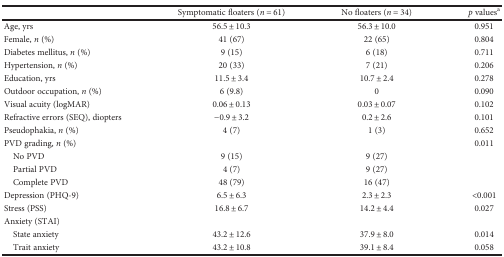
<table><thead><tr><td></td><td><b>Symptomatic floaters (<i>n</i> = 61)</b></td><td><b>No floaters (<i>n</i> = 34)</b></td><td><b><i>p</i> values<sup>a</sup></b></td></tr></thead><tbody><tr><td>Age, yrs</td><td>56.5 ± 10.3</td><td>56.3 ± 10.0</td><td>0.951</td></tr><tr><td>Female, <i>n</i> (%)</td><td>41 (67)</td><td>22 (65)</td><td>0.804</td></tr><tr><td>Diabetes mellitus, <i>n</i> (%)</td><td>9 (15)</td><td>6 (18)</td><td>0.711</td></tr><tr><td>Hypertension, <i>n</i> (%)</td><td>20 (33)</td><td>7 (21)</td><td>0.206</td></tr><tr><td>Education, yrs</td><td>11.5 ± 3.4</td><td>10.7 ± 2.4</td><td>0.278</td></tr><tr><td>Outdoor occupation, <i>n</i> (%)</td><td>6 (9.8)</td><td>0</td><td>0.090</td></tr><tr><td>Visual acuity (logMAR)</td><td>0.06 ± 0.13</td><td>0.03 ± 0.07</td><td>0.102</td></tr><tr><td>Refractive errors (SEQ), diopters</td><td>−0.9 ± 3.2</td><td>0.2 ± 2.6</td><td>0.101</td></tr><tr><td>Pseudophakia, <i>n</i> (%)</td><td>4 (7)</td><td>1 (3)</td><td>0.652</td></tr><tr><td>PVD grading, <i>n</i> (%)</td><td></td><td></td><td>0.011</td></tr><tr><td> No PVD</td><td>9 (15)</td><td>9 (27)</td><td></td></tr><tr><td> Partial PVD</td><td>4 (7)</td><td>9 (27)</td><td></td></tr><tr><td> Complete PVD</td><td>48 (79)</td><td>16 (47)</td><td></td></tr><tr><td>Depression (PHQ-9)</td><td>6.5 ± 6.3</td><td>2.3 ± 2.3</td><td>&lt;0.001</td></tr><tr><td>Stress (PSS)</td><td>16.8 ± 6.7</td><td>14.2 ± 4.4</td><td>0.027</td></tr><tr><td>Anxiety (STAI)</td><td></td><td></td><td></td></tr><tr><td> State anxiety</td><td>43.2 ± 12.6</td><td>37.9 ± 8.0</td><td>0.014</td></tr><tr><td> Trait anxiety</td><td>43.2 ± 10.8</td><td>39.1 ± 8.4</td><td>0.058</td></tr></tbody></table>